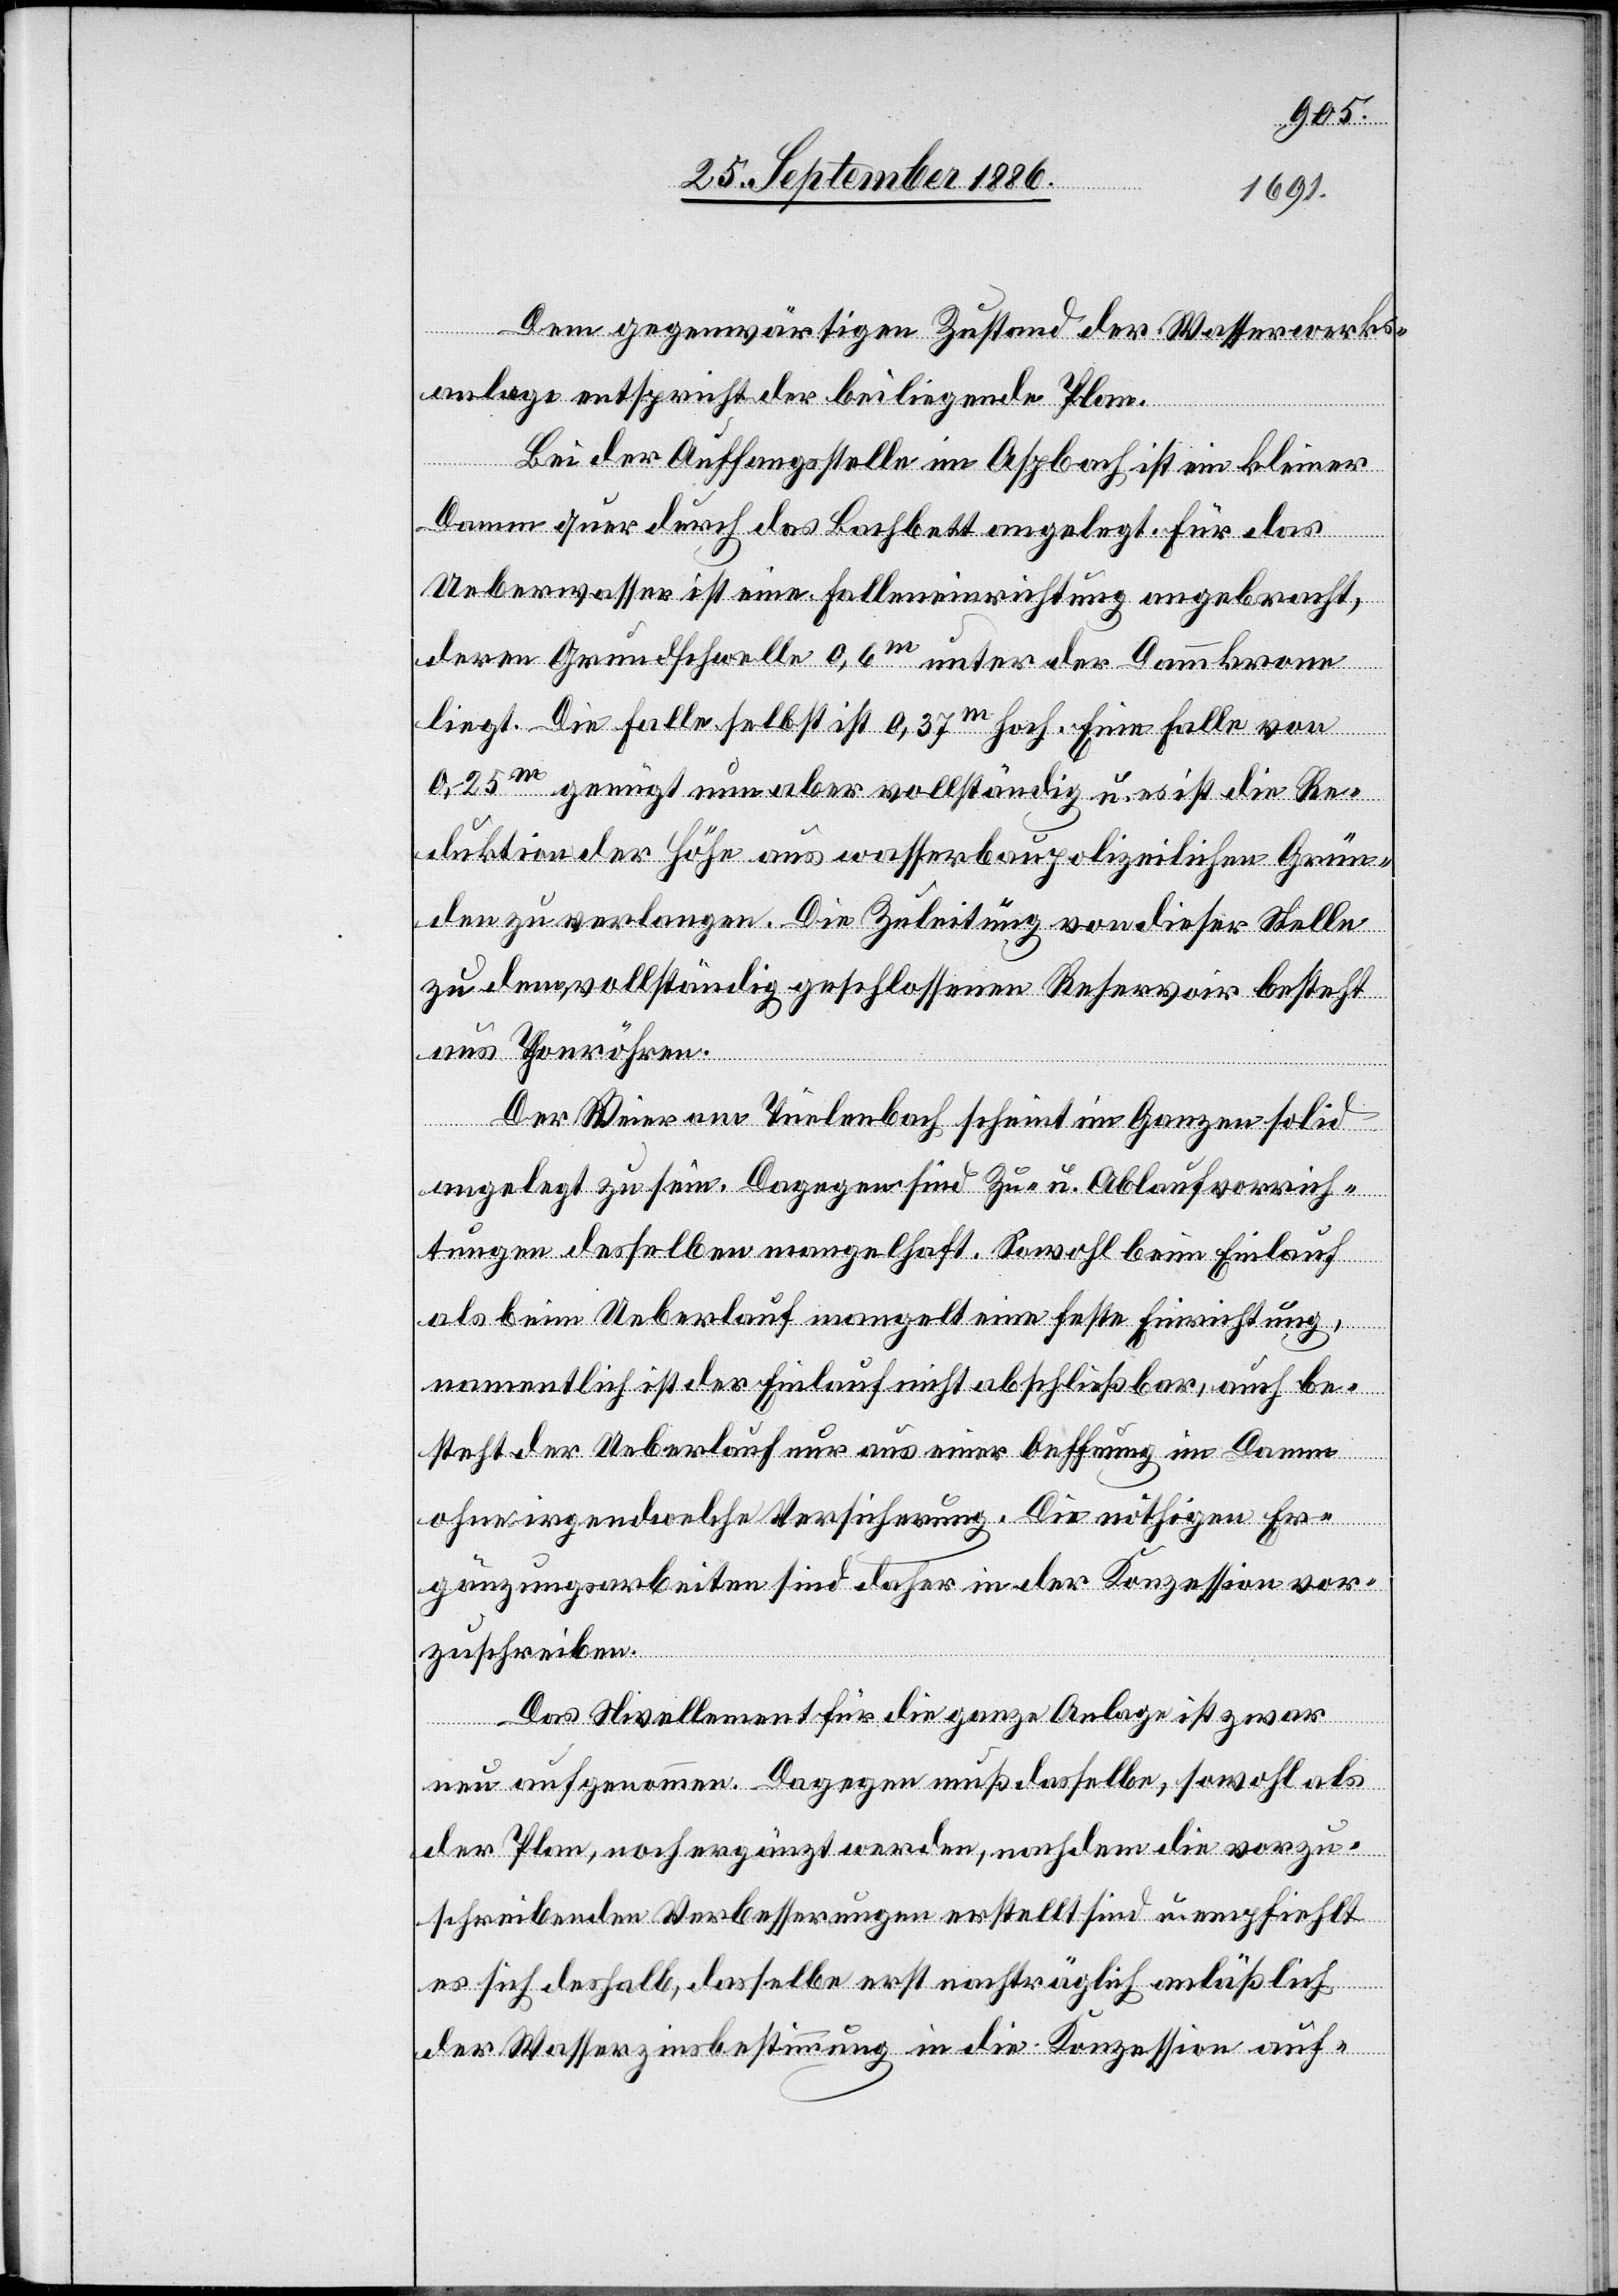
Dem gegenwärtigen Zustand der Wasserwerks¬
anlage entspricht der beiliegende Plan.
Bei der Auffangsstelle im Aspbach ist ein kleiner
Damm quer durch das Bachbett angelegt. Für das
Ueberwasser ist eine Falleneinrichtung angebracht,
deren Grundschwelle 0,6m unter der Dammkrone
liegt. Die Falle selbst ist 0,37m hoch. Eine Falle von
0,25m genügt nun aber vollständig u. es ist die Re¬
duktion der Höhe aus wasserbaupolizeilichen Grün¬
den zu verlangen. Die Zuleitung von dieser Stelle
zu dem vollständig geschlossenen Reservoir besteht
aus Thonröhren.
Der Weier am Tüelenbach scheint im Ganzen solid
angelegt zu sein. Dagegen sind die Zu- u. Ablaufvorrich¬
tungen desselben mangelhaft. Sowohl beim Einlauf
als beim Ueberlauf mangelt eine feste Einrichtung,
namentlich ist der Einlauf nicht abschließbar, auch be¬
steht der Ueberlauf nur aus einer Oeffnung im Damm
ohne irgendwelche Versicherung. Die nöthigen Er¬
gänzungsarbeiten sind daher in der Konzession vor¬
zuschreiben.
Das Nivellement für die ganze Anlage ist zwar
neu aufgenommen. Dagegen muß dasselbe, sowohl als
der Plan, noch ergänzt werden, nachdem die vorzu¬
schreibenden Verbesserungen erstellt sind u. empfiehlt
es sich deshalb, dasselbe erst nachträglich anläßlich
der Wasserzinsbestimmung in die Konzession auf-